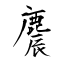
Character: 麎